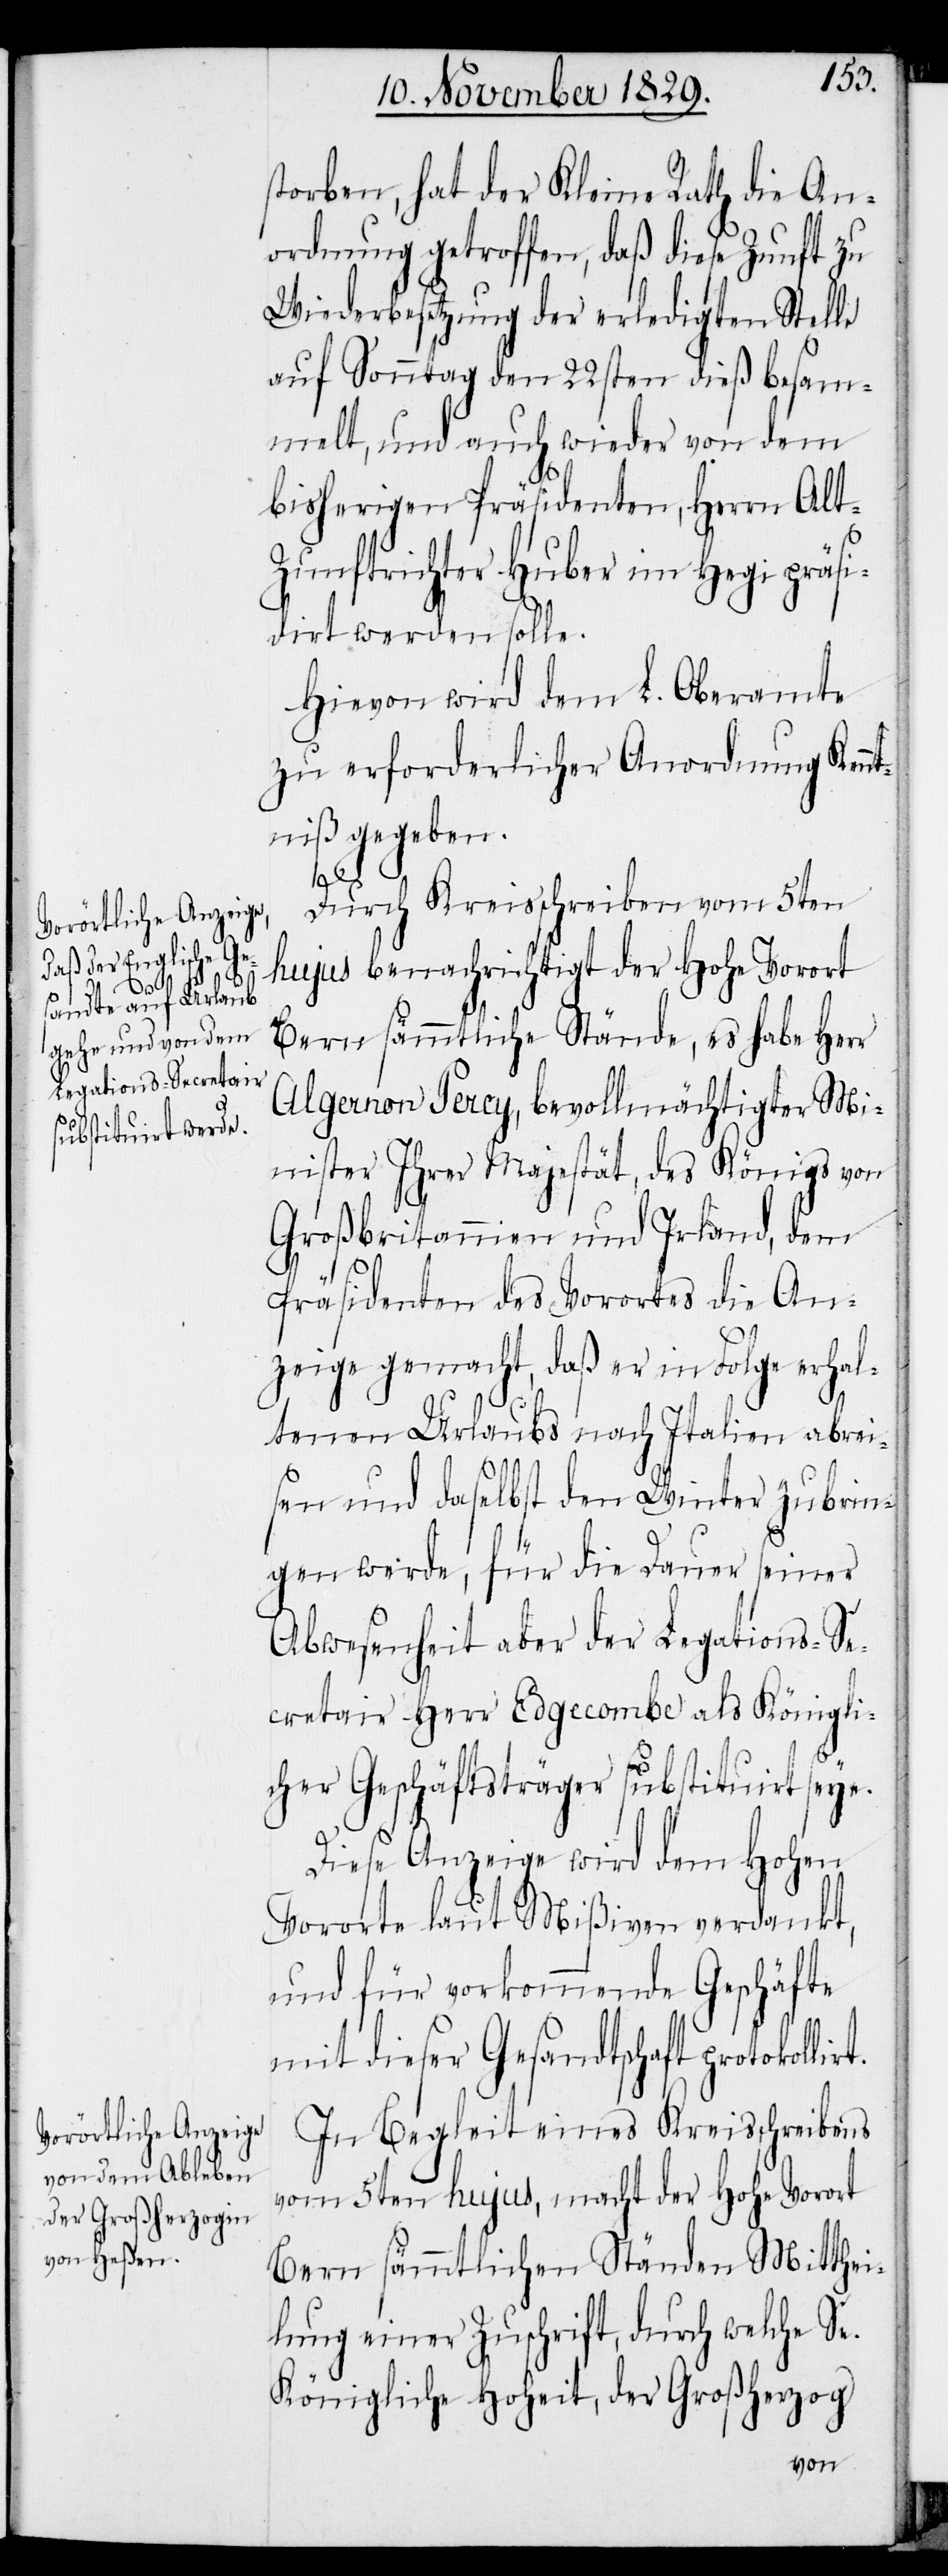
storben, hat der Kleine Rath die An¬
ordnung getroffen, daß diese Zunft zu
Wiederbesetzung der erledigten Stelle
auf Sonntag den 22sten dieß besam¬
melt, und auch wieder von dem
bisherigen Präsidenten, Herrn Alt-Z¬
unftrichter Huber im Hegi präsi¬
dirt werden solle.
Hievon wird dem L. Oberamte
zu erforderlicher Anordnung Kennt¬
niß gegeben.
lirt.
Durch Kreisschreiben vom 5ten
hujus benachrichtigt der Hohe Vorort
Bern sämmtliche Stände, es habe Herr
Algernon Percy, bevollmächtigter Mi¬
nister Ihrer Majestät, des Königs von
Großbrittannien und Irland, dem
Präsidenten des Vorortes die An¬
zeige gemacht, daß er in Folge erhal¬
tenen Urlaubs nach Italien abrei¬
sen und daselbst den Winter zubrin¬
gen werde, für die Dauer seiner
Abwesenheit aber der Legations-Se¬
cretair Herr Edgecombe als Königli¬
cher Geschäftsträger substituirt seye.
Diese Anzeige wird dem Hohen
Vororte laut Mißiven verdankt,
und für vorkommende Geschäfte
mit dieser Gesandtschaft protokol¬
In Begleit eines Kreisschreibens
vom 5ten hujus, macht der Hohe Vorort
Bern sämmtlichen Ständen Mitthei¬
lung einer Zuschrift, durch welche Se.
Königliche Hoheit, der Großherzog